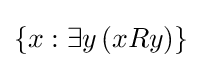
\left\{x:\exists y\left(xRy\right)\right\}